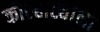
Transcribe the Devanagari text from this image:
कोल्हाट्यांना